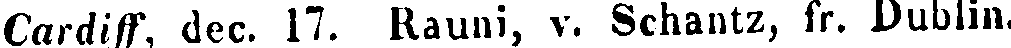
Cardiff, dec. 17. Rauni, v. Schantz, fr. Dublin.